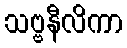
သဗ္ဗနီလိကာ